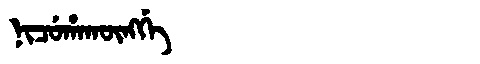
Manchu: ᠨᡳᠴᡠᡥᠠᡴᡡᠩᡤᡝ
Romanization: NICUHAKŪNGGE